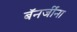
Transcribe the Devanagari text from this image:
बॅनर्जींना